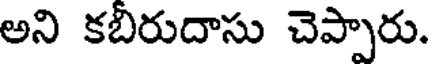
అని కబిరుదాసు చెప్పారు.